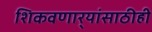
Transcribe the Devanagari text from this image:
शिकवणार्‍यांसाठीही